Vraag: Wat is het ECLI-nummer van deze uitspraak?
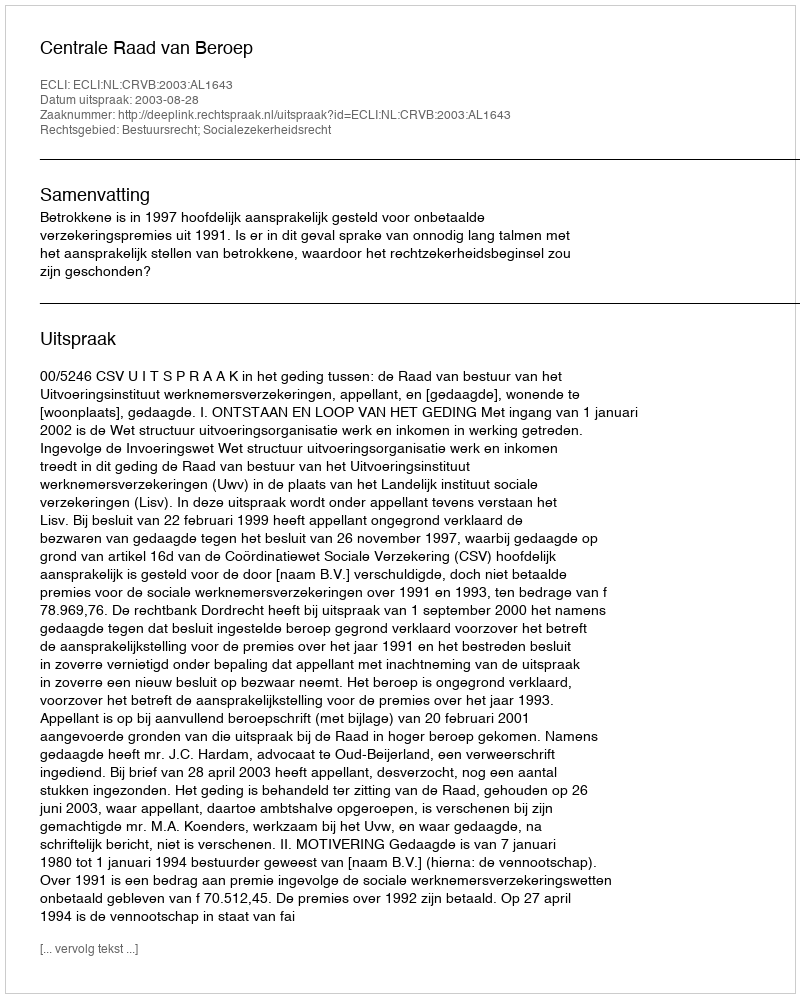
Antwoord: ECLI:NL:CRVB:2003:AL1643